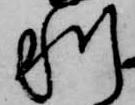
利